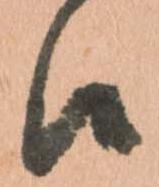
候